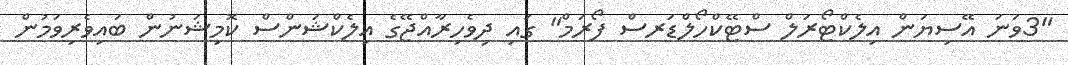
"3ވަނަ އޭސިޔަން އިލެކްޓޯރަލް ސްޓޭކްހޯލްޑަރސް ފޯރަމް" ގައި ދިވެހިރާއްޖޭގެ އިލެކްޝަންސް ކޮމިޝަނުން ބައިވެރިވަމުން